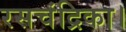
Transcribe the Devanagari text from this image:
रसचंद्रिका।